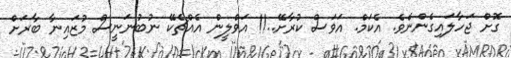
ގޮށް ޖަހާލައިގެންނެވެ. އެކަމް. އަވަސް ކުރާށޭ..!! އަވްލީން އެއްޗެކޭ ނުބުނަނީސް މުޒައިނާ ބާރަށް